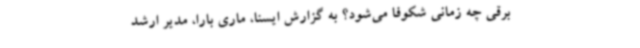
برقی چه زمانی شکوفا می‌شود؟ به گزارش ایسنا، ماری بارا، مدیر ارشد